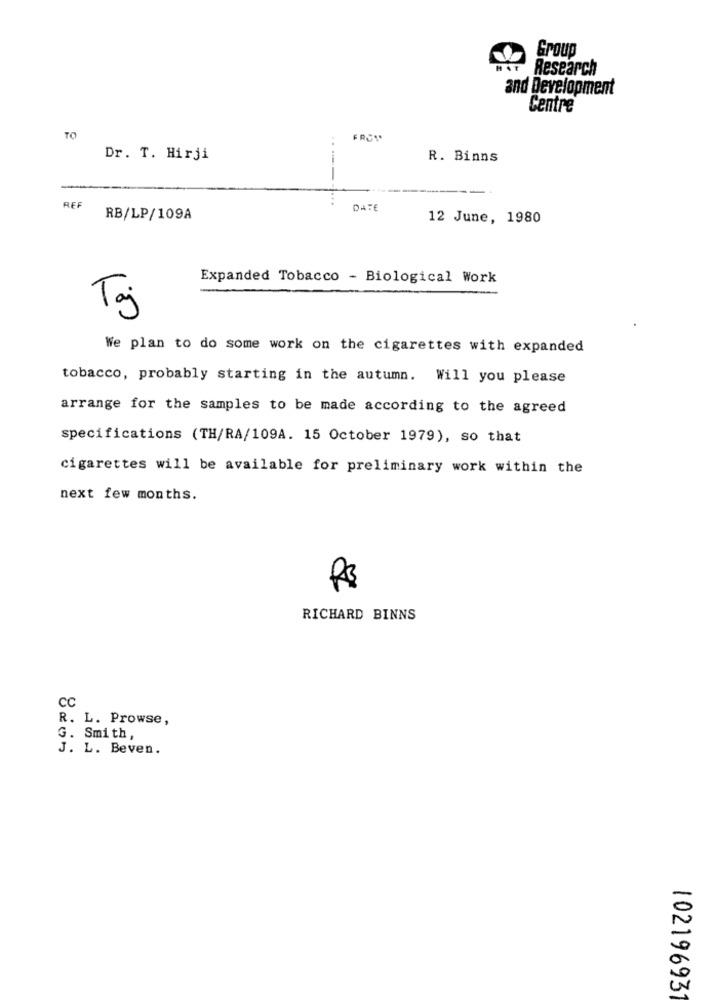
Group
Research
and Development
Centre
TO
FREY
Dr. T. Hirji
R. Binns
REF
DATE
RB/LP/109A
12 June, 1980
Expanded Tobacco - Biological Work
Taj
We plan to do some work on the cigarettes with expanded
tobacco, probably starting in the autumn. Will you please
arrange for the samples to be made according to the agreed
specifications (TH/RA/109A. 15 October 1979), so that
cigarettes will be available for preliminary work within the
next few months.
R$
RICHARD BINNS
CC
R. L. Prowse,
G. Smith,
J. L. Beven.
10219693